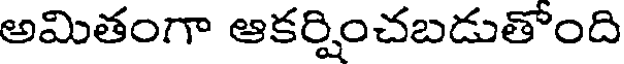
అమితంగా ఆకర్షించబడుతోంది